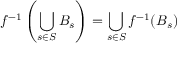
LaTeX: f ^ { - 1 } \left( \bigcup _ { s \in S } B _ { s } \right) = \bigcup _ { s \in S } f ^ { - 1 } ( B _ { s } )